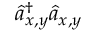
\hat { a } _ { x , y } ^ { \dagger } \hat { a } _ { x , y }